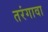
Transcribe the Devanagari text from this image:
तरंगावा